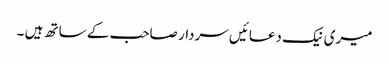
میری نیک دعائیں سردار صاحب کے ساتھ ہیں ۔